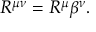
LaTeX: R ^ { \mu \nu } = R ^ { \mu } \beta ^ { \nu } .